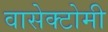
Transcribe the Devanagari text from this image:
वासेक्टोमी